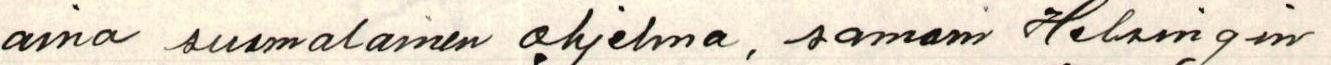
aina suomalainen ohjelma, samoin Helsingin